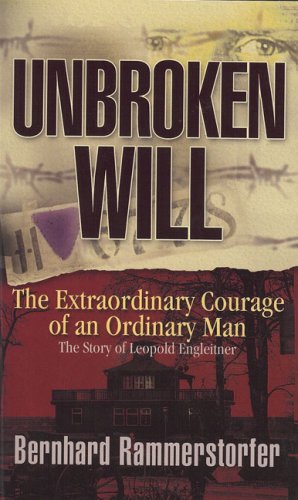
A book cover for Unbroken Will: The Extraordinary Courage of an Ordinary Man; Bernhard Rammerstorfer; Biographies & Memoirs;